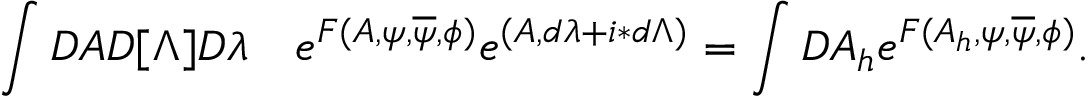
\int { \cal D } A { \cal D } [ \Lambda ] { \cal D } \lambda \quad e ^ { F ( A , \psi , \overline { { \psi } } , \phi ) } e ^ { ( A , d \lambda + i \ast d \Lambda ) } = \int { \cal D } A _ { h } e ^ { F ( A _ { h } , \psi , \overline { { \psi } } , \phi ) } .